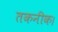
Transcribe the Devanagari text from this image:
तकनीक।